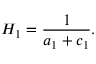
H _ { 1 } = \frac { 1 } { a _ { 1 } + c _ { 1 } } .